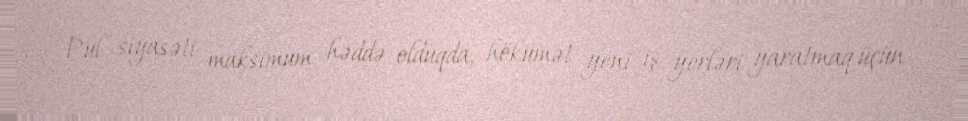
Pul siyasəti maksimum həddə olduqda, hökumət yeni iş yerləri yaratmaq üçün